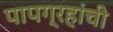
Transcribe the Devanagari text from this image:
पापग्रहांची